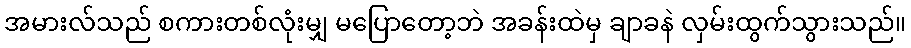
အမားလ်သည် စကားတစ်လုံးမျှ မပြောတော့ဘဲ အခန်းထဲမှ ချာခနဲ လှမ်းထွက်သွားသည်။